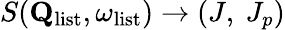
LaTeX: S(\mathbf{Q}_{\mathrm{list}},\omega_{\mathrm{list}})\rightarrow(J,\ J_{p})